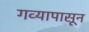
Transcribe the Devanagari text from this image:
गव्यापासून